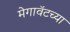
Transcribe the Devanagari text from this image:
मेगावॅटच्या